Tartu_Linna_ja_Maakonna_Kaitseliit, lk 4
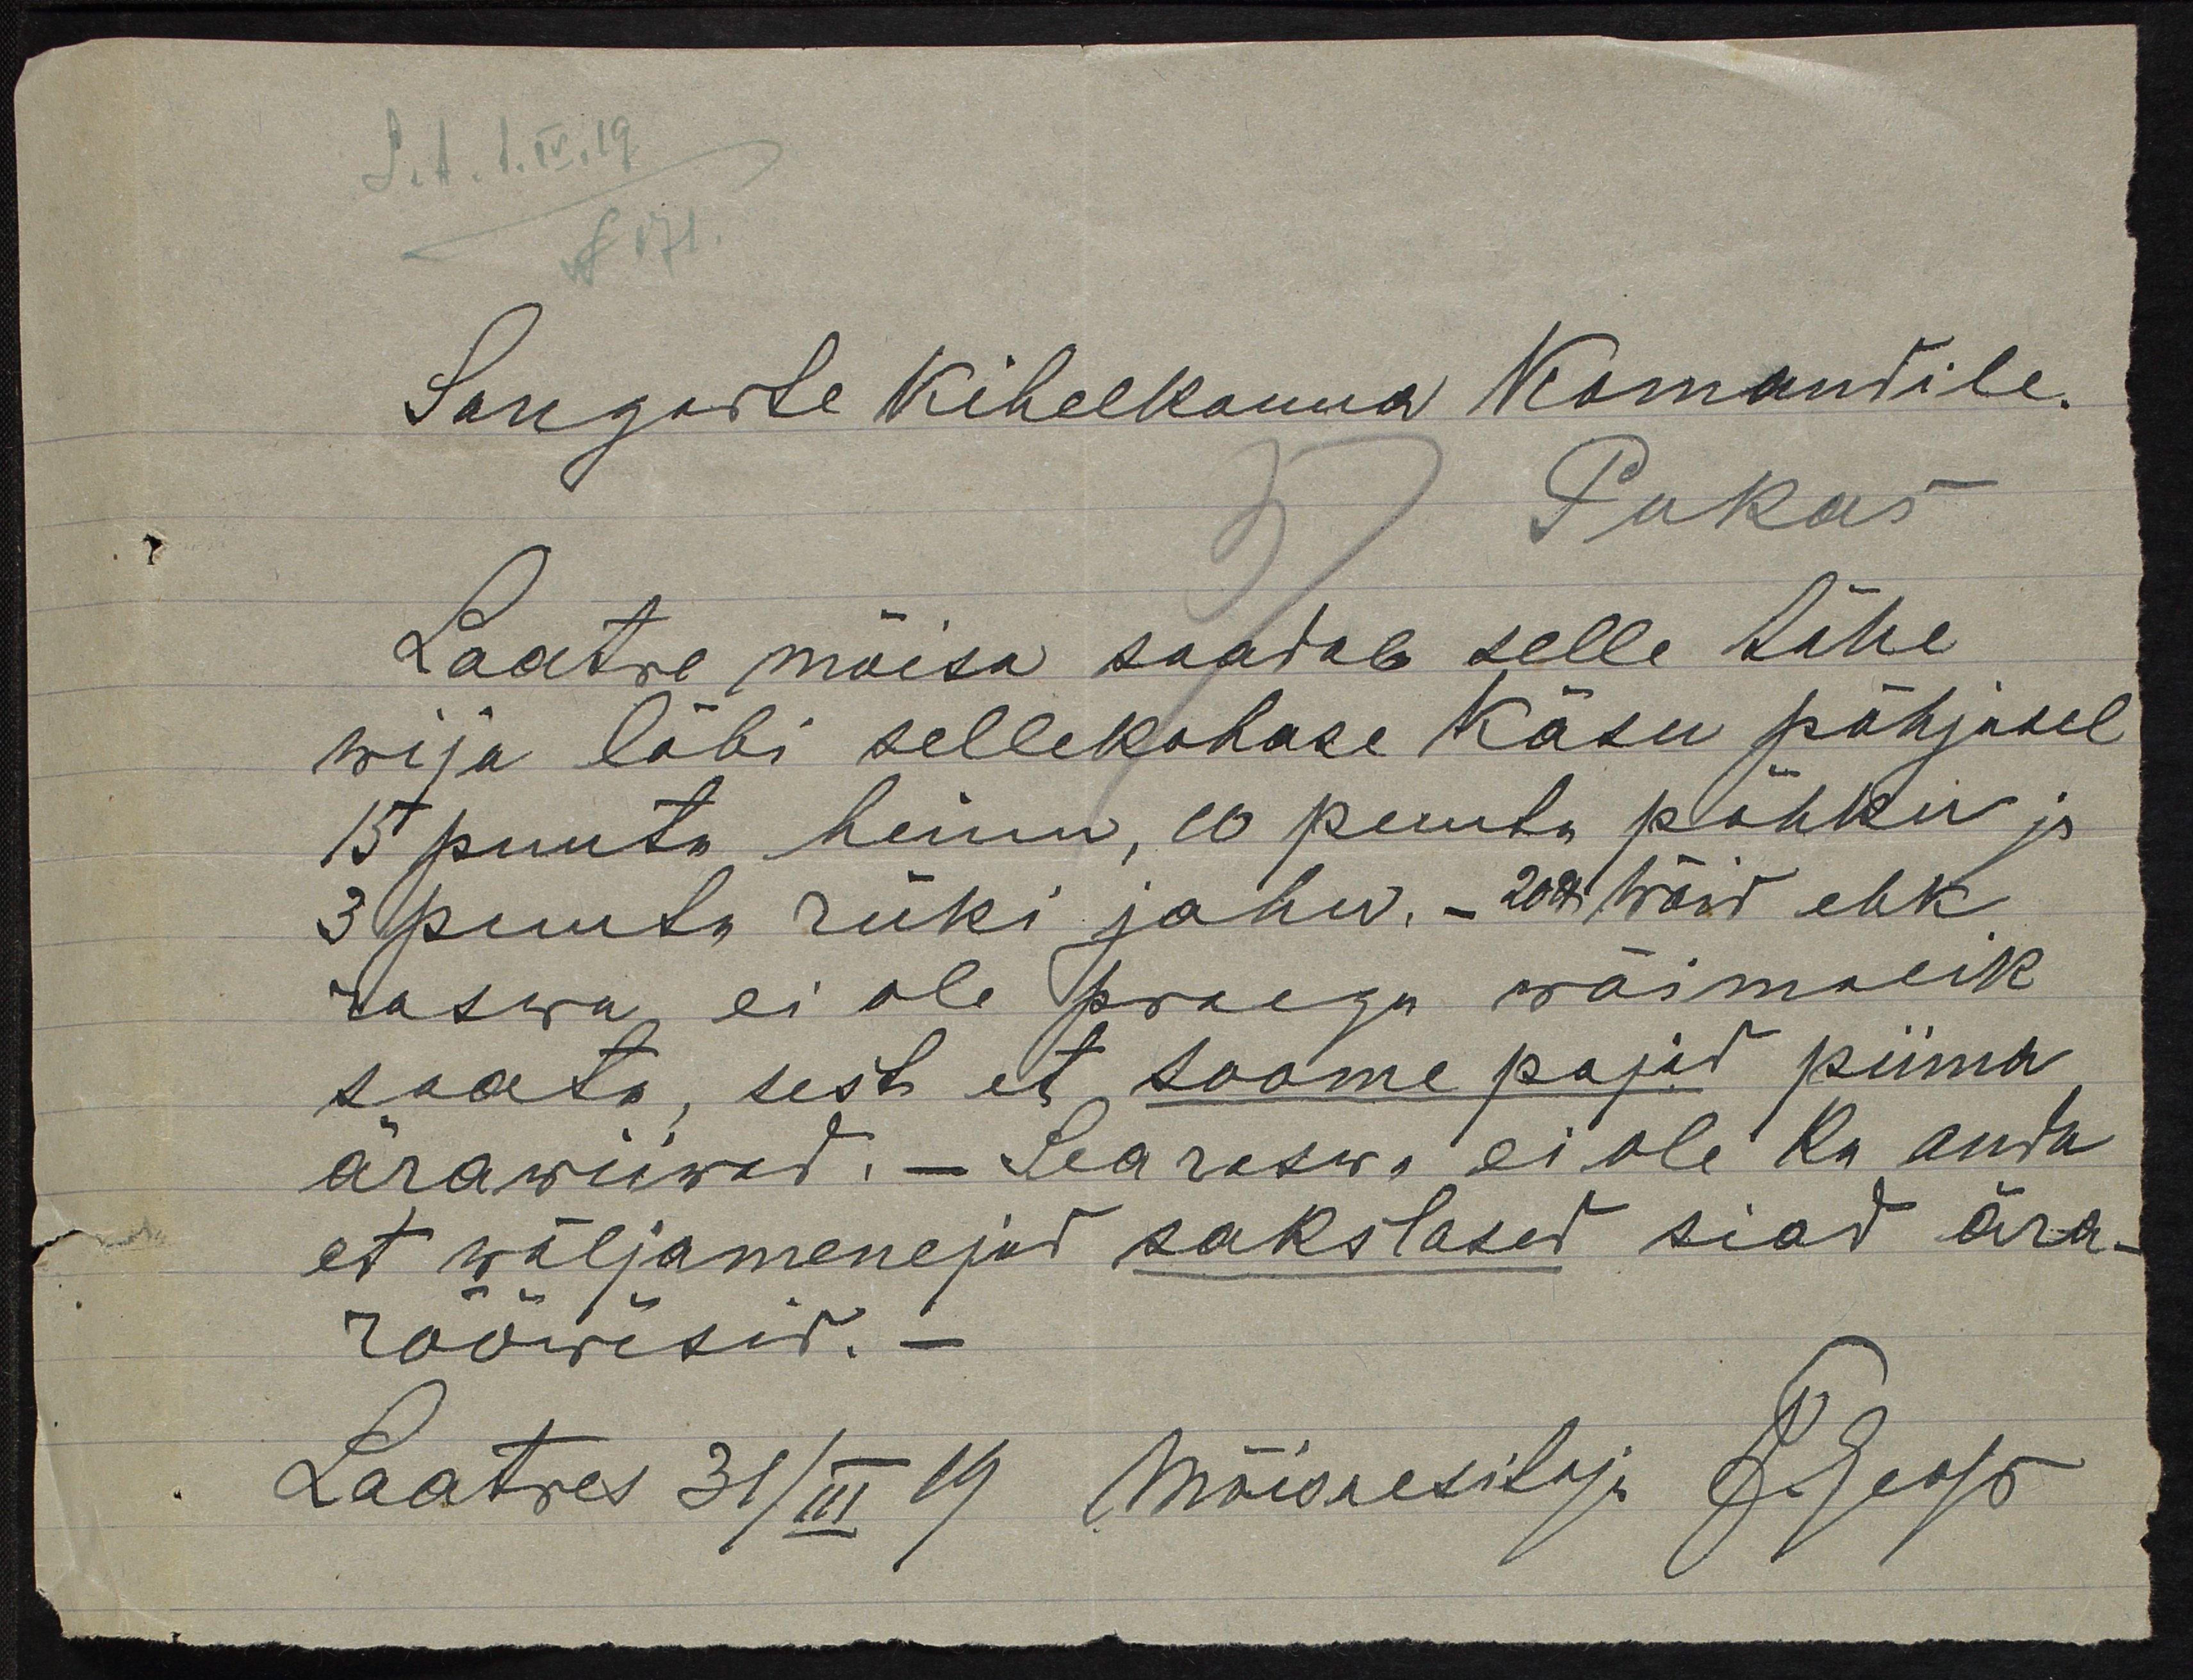
Sangaste kihelkonna Komandile.
37 Pukas
Laatre mõisa saatab selle tähe
wija läbi sellekohase käsu põhjusel
15 puuta heinu, 16 puuta põhku ja
3 puuta rüki jahu. - 20 naela wõid ehk
raswa ei ole praegu wõimalik
saata, sest et Soome pojad piima
ärawiiwad.- Searaswa ei ole ka anda
et wäljamenejad sakslased siad ära-
rööwisid.
Laatres 31/III 19 Mõisaesitaja F. Reop